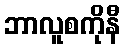
ဘာလူစကိုနီ